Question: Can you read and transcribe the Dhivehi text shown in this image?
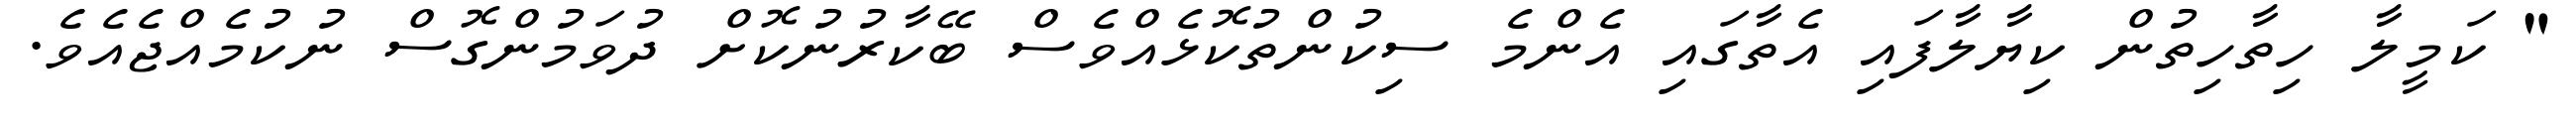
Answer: " ކަމީލާ ހިތާހިތުން ކިޔާލާފައި އެތާގައި އެންމެ ސިކުންތުކޮޅެއްވެސް ބޭކާރުނުކޮށް ދުވަމުންގޮސް ނުކުމެއްޖެއެވެ.